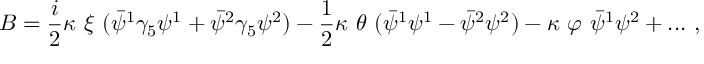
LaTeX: B = { \frac { i } { 2 } } \kappa \ \xi \ ( \bar { \psi } ^ { 1 } \gamma _ { 5 } \psi ^ { 1 } + \bar { \psi } ^ { 2 } \gamma _ { 5 } \psi ^ { 2 } ) - { \frac { 1 } { 2 } } \kappa \ \theta \ ( \bar { \psi } ^ { 1 } \psi ^ { 1 } - \bar { \psi } ^ { 2 } \psi ^ { 2 } ) - \kappa \ \varphi \ \bar { \psi } ^ { 1 } \psi ^ { 2 } + . . . \ , \,